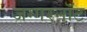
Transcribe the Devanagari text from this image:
जग्गरनॉट